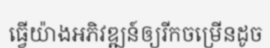
ធ្វើយ៉ាងអភិវឌ្ឍន៍ឲ្យរីកចម្រើនដូច